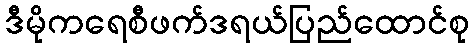
ဒီမိုကရေစီဖက်ဒရယ်ပြည်ထောင်စု